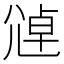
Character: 𫵑